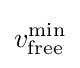
v_{\text{free}}^{\min }